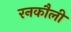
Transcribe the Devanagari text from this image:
रनकौली